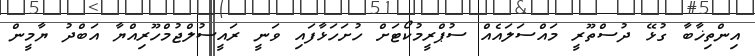
އިންތިޚާބާ ގުޅޭ ދުސްތޫރީ މައްސަލައެއް ސުޕްރީމުކޯޓަށް ހުށަހަޅާފައި ވަނީ ރައީސުލްޖުމްހޫރިއްޔާ އަބްދު ޔާމީން